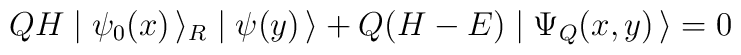
Q H \mid \psi_0(x)\, \rangle_R \mid \psi(y)\, \rangle + Q (H-E) \mid \Psi_Q(x,y)\, \rangle = 0